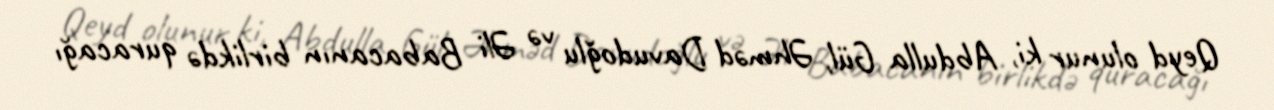
Qeyd olunur ki, Abdulla Gül, Əhməd Davudoğlu və Əli Babacanın birlikdə quracağı